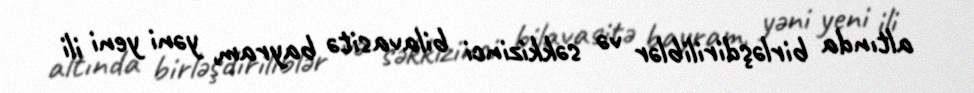
altında birləşdiriliblər və səkkizinci bilavasitə bayram, yəni yeni ili